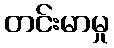
တင်းမာမှု